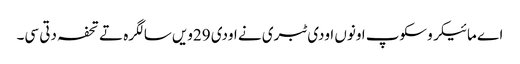
اے مائیکروسکوپ اونوں اودی ٹبری نے اودی 29ویں سالگرہ تے تحفہ دتی سی۔